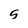
Character: 5